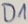
Text: D1